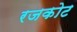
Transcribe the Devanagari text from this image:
रजकोट